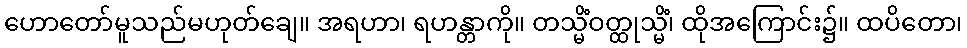
ဟောတော်မူသည်မဟုတ်ချေ။ အရဟာ၊ ရဟန္တာကို။ တသ္မိံဝတ္ထုသ္မိံ၊ ထိုအကြောင်း၌။ ထပိတော၊